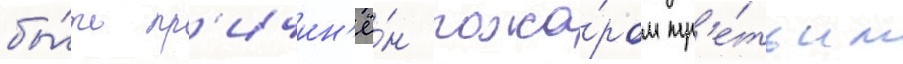
бы́ть пр'ичин'ё́н пожа́ром тр'е́тьим